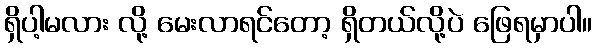
ရှိပါ့မလား လို့ မေးလာရင်တော့ ရှိတယ်လို့ပဲ ဖြေရမှာပါ။